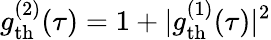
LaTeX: g_{\mathrm{th}}^{(2)}(\tau)=1+|g_{\mathrm{th}}^{(1)}(\tau)|^{2}